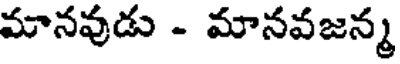
మానవుడు - మానవజన్మ